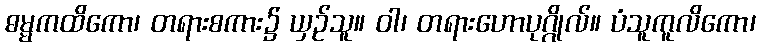
ဓမ္မကထိကော၊ တရားစကား၌ ယှဉ်သူ။ ဝါ၊ တရားဟောပုဂ္ဂိုလ်။ ပံသူကူလိကော၊